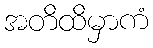
အတိထိမှာကံ